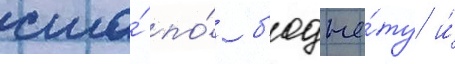
сша́ по́ б'юдже́ту и́